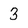
Character: 3